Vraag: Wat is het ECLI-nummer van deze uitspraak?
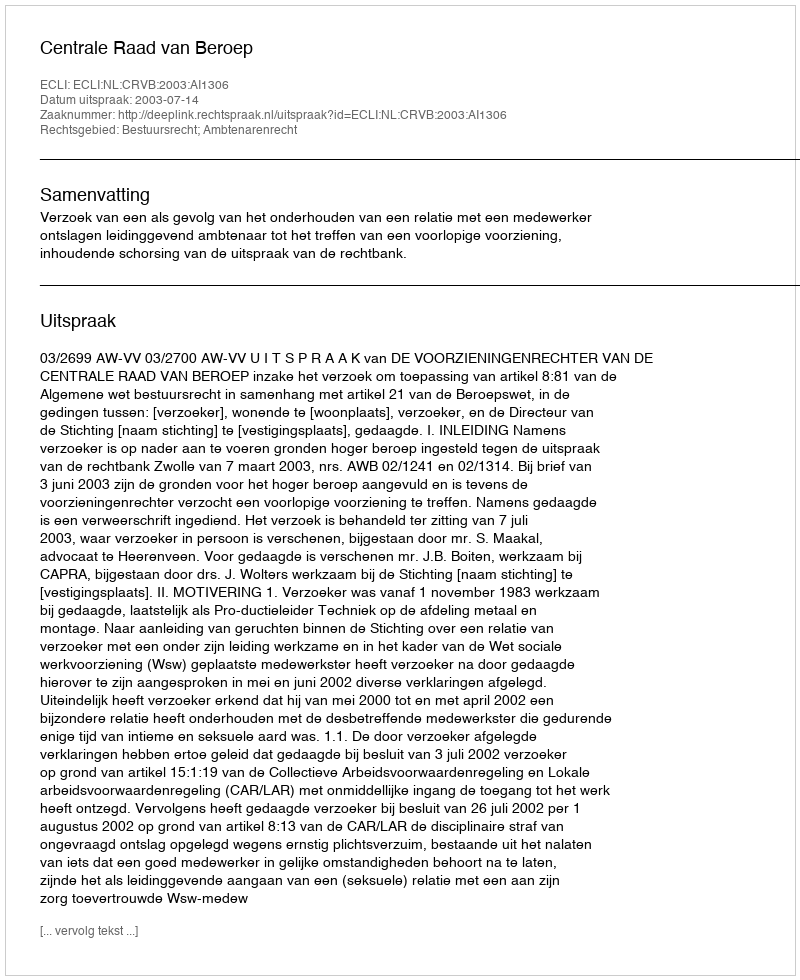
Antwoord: ECLI:NL:CRVB:2003:AI1306